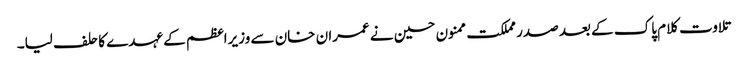
تلاوت کلام پاک کے بعد صدر مملکت ممنون حسین نے عمران خان سے وزیراعظم کے عہدے کا حلف لیا۔